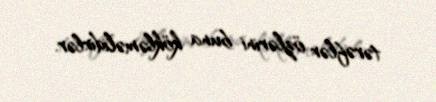
tərəflər özlərini buna kökləməlidirlər.